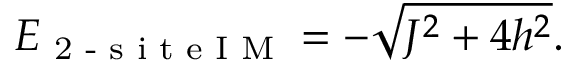
E _ { \textrm { 2 - s i t e I M } } = - \sqrt { J ^ { 2 } + 4 h ^ { 2 } } .